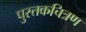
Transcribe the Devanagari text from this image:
पुस्तकचित्रण